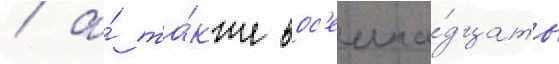
/ а́ та́кже вос'емна́дцать